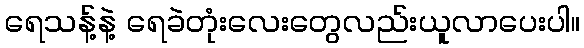
ရေသန့်နဲ့ ရေခဲတုံးလေးတွေလည်းယူလာပေးပါ။